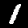
Label: 1